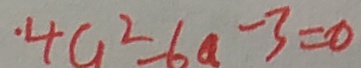
\cdot 4 a ^ { 2 } - 6 a - 3 = 0